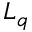
L _ { q }